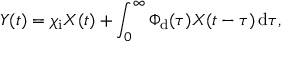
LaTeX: Y ( t ) = \chi _ { \mathrm { i } } X ( t ) + \int _ { 0 } ^ { \infty } \Phi _ { \mathrm { d } } ( \tau ) X ( t - \tau ) \, \mathrm { d } \tau ,